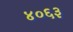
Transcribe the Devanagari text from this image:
४०६३